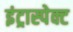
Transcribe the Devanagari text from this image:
इंट्रास्पेक्ट